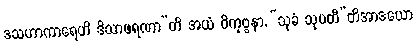
ဒသဟာကာရေဟိ ဒိသာဖရဏာ”တိ အယံ ဝိကုဗ္ဗနာ, “သုခံ သုပတီ”တိအာဒယော